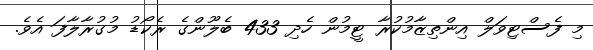
މި ފެސްޓިވަލް އިންތިޒާމުކުރާ ޓީމުން ހެދި 433 ބެލޫންގެ ރެކޯޑު މުގުރާލާފަ އެވެ.